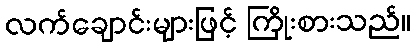
လက်ချောင်းများဖြင့် ကြိုးစားသည်။